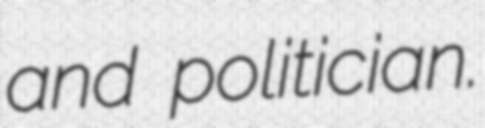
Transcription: and politician.